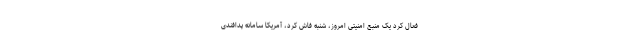
فعال کرد یک منبع امنیتی امروز، شنبه فاش کرد، آمریکا سامانه پدافندی